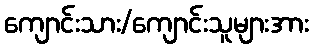
ကျောင်းသား/ကျောင်းသူများအား